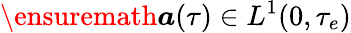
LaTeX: \ensuremath{\boldsymbol{a}}(\tau)\in L^{1}(0,\tau_{e})